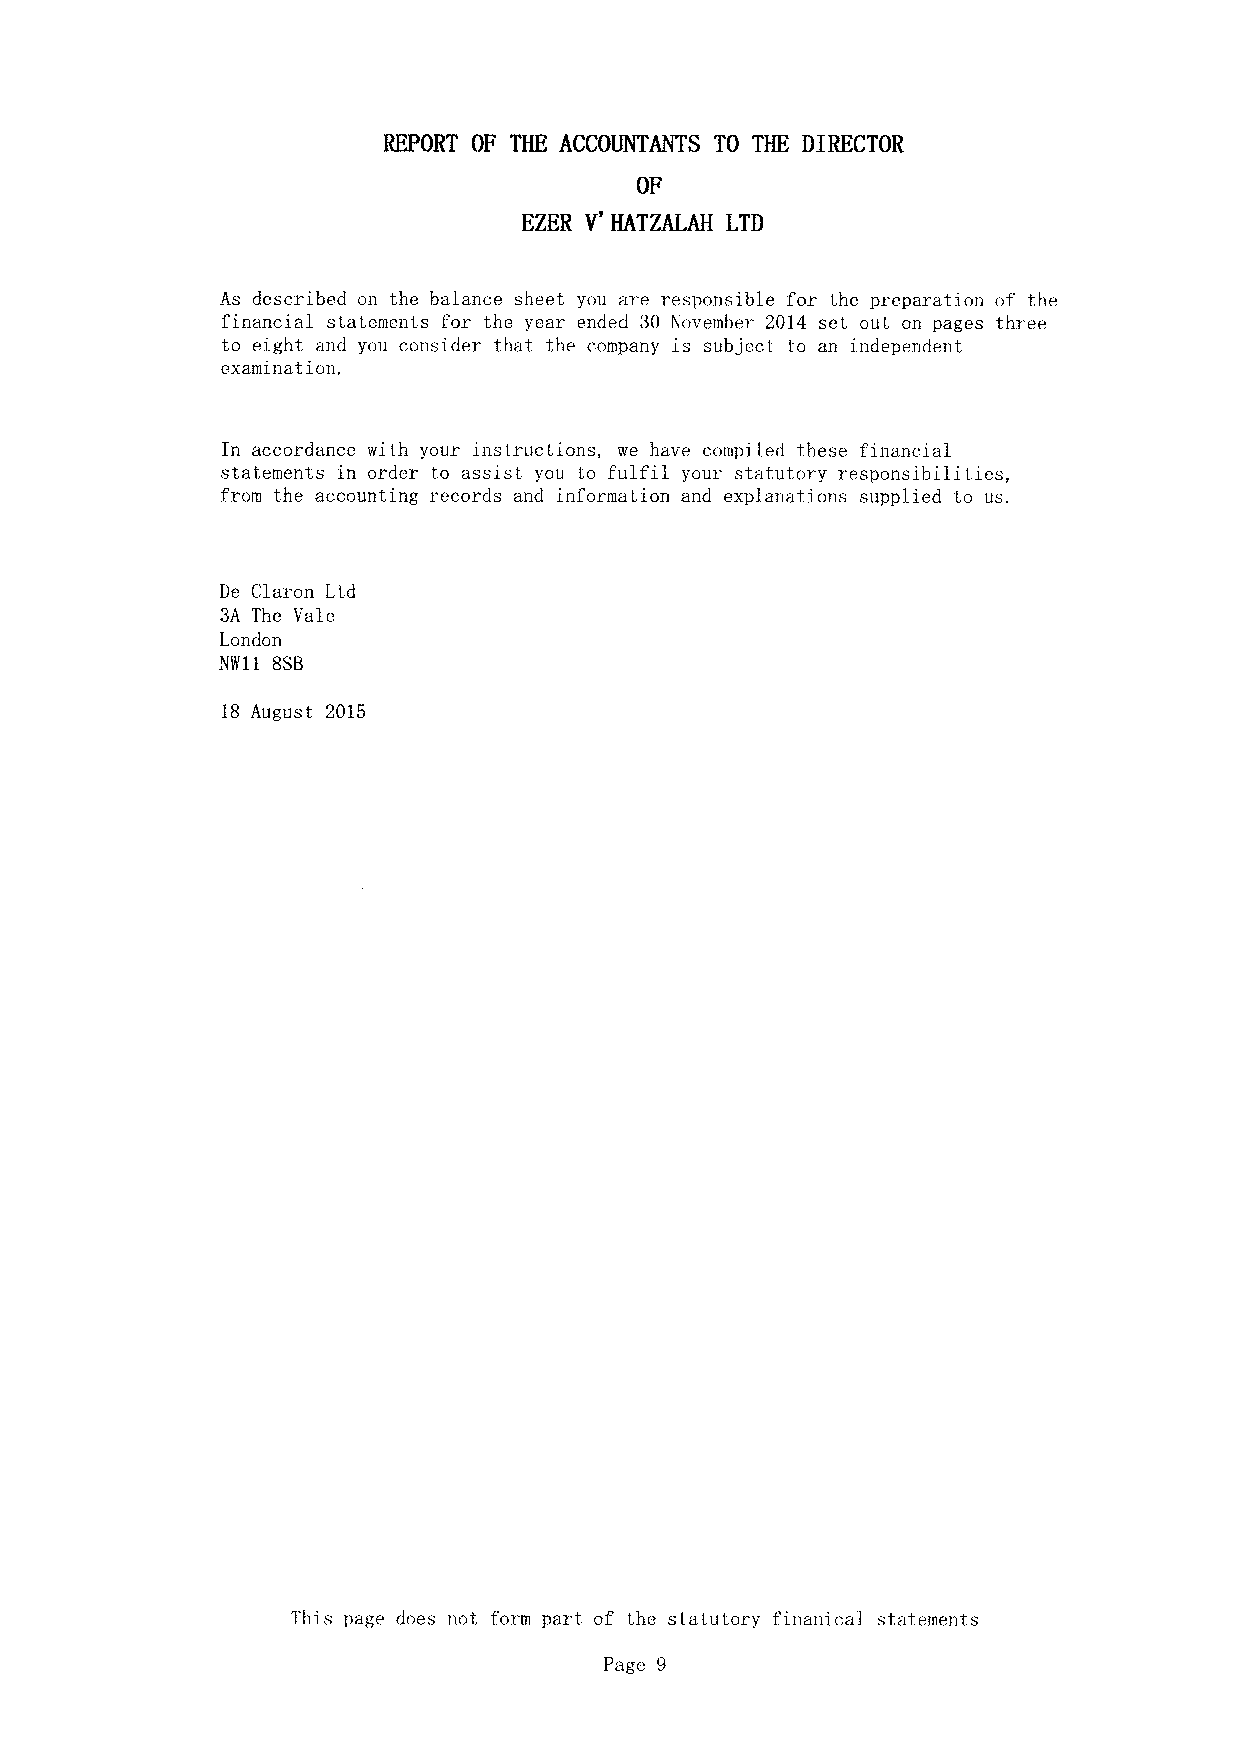
REPORT OF THE ACCOUNTANTS TO THE DIRECTOR
 OF
 V'
 EZER HATZALAH LTD
 As described on the balance sheet you are responsible for the preparation of the
 financial statements for the year ended 30 November 2014 set out on pages three
 to eight and you consider that the company is subject to an independent
 examination.
 In accordance with your instructions, we have compiled these financial
 statements in order to assist you to fulfil your statutory responsibilities,
 from the accounting records and information and explanations supplied to us.
 De Claron Ltd
 3A The Vale
 London
 NW11 88B
 18 August 2015
 This page does not form part of the statutory finanical statements
 Page 9